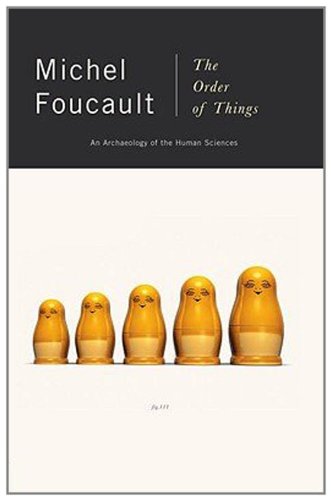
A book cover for The Order of Things: An Archaeology of the Human Sciences; Michel Foucault; Politics & Social Sciences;